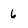
Character: 6